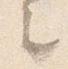
之